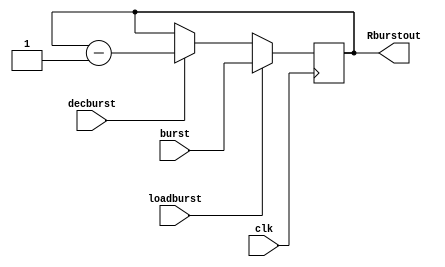
module Rburstcount(Rburstout,loadburst,decburst,burst,clk);
output[7:0] Rburstout;
input loadburst,decburst,clk;
input[7:0] burst;
reg[7:0] Rburstout;

always@ (negedge clk)
begin
if (loadburst)
Rburstout <= burst;
else if(decburst)
Rburstout <= Rburstout-1;
end
endmodule